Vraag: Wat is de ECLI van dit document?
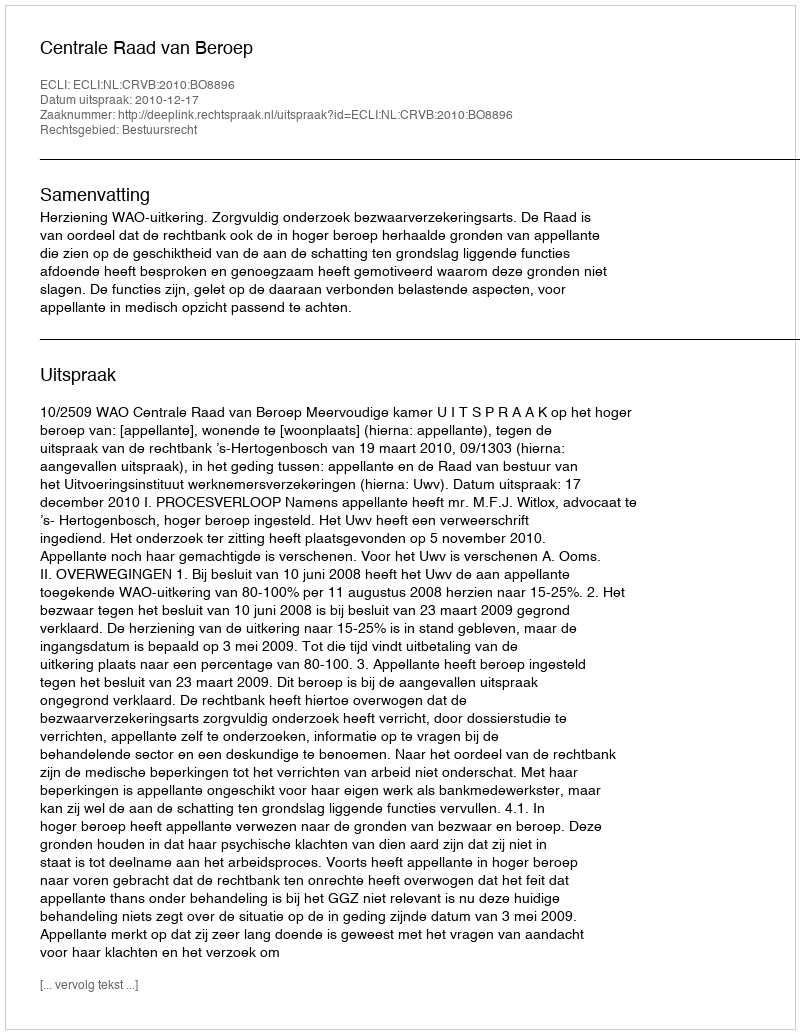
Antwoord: ECLI:NL:CRVB:2010:BO8896